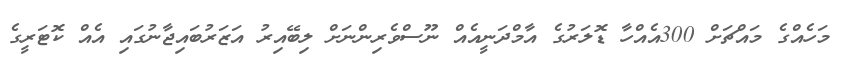
މަހެއްގެ މައްޗަށް 300އެއްހާ ޑޮލަރުގެ އާމްދަނީއެއް ނޫސްވެރިންނަށް ލިބޭއިރު އަޒަރުބައިޖާނުގައި އެއް ކޮޓަރީގެ